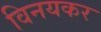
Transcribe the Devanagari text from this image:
विनयकर